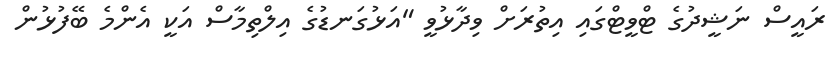
ރައީސް ނަޝީދުގެ ޓްވީޓްގައި އިތުރަށް ވިދާޅުވީ "އަޅުގަނޑުގެ އިލްތިމާސް އަކީ އެންމެ ބޭފުޅުން